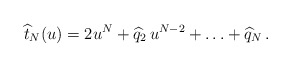
\begin{align*}\widehat t_N(u)=2u^N+\widehat q_2\,u^{N-2}+\ldots+\widehat q_N\,.\end{align*}